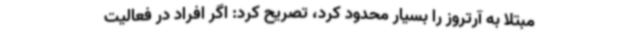
مبتلا به آرتروز را بسیار محدود کرد، تصریح کرد: اگر افراد در فعالیت